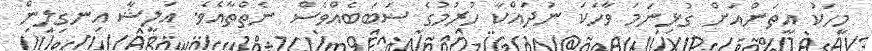
މީހަކު އީތަަންއަށް ގުޅިނަމަ ވާހަކަ ނުދައްކާ ހުރުމުގެ ސަބަބެއްވެސް ނެތްތާއެވެ. އަލީޝާ އިނގިލިން